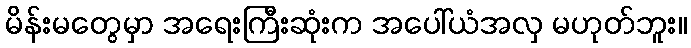
မိန်းမတွေမှာ အရေးကြီးဆုံးက အပေါ်ယံအလှ မဟုတ်ဘူး။